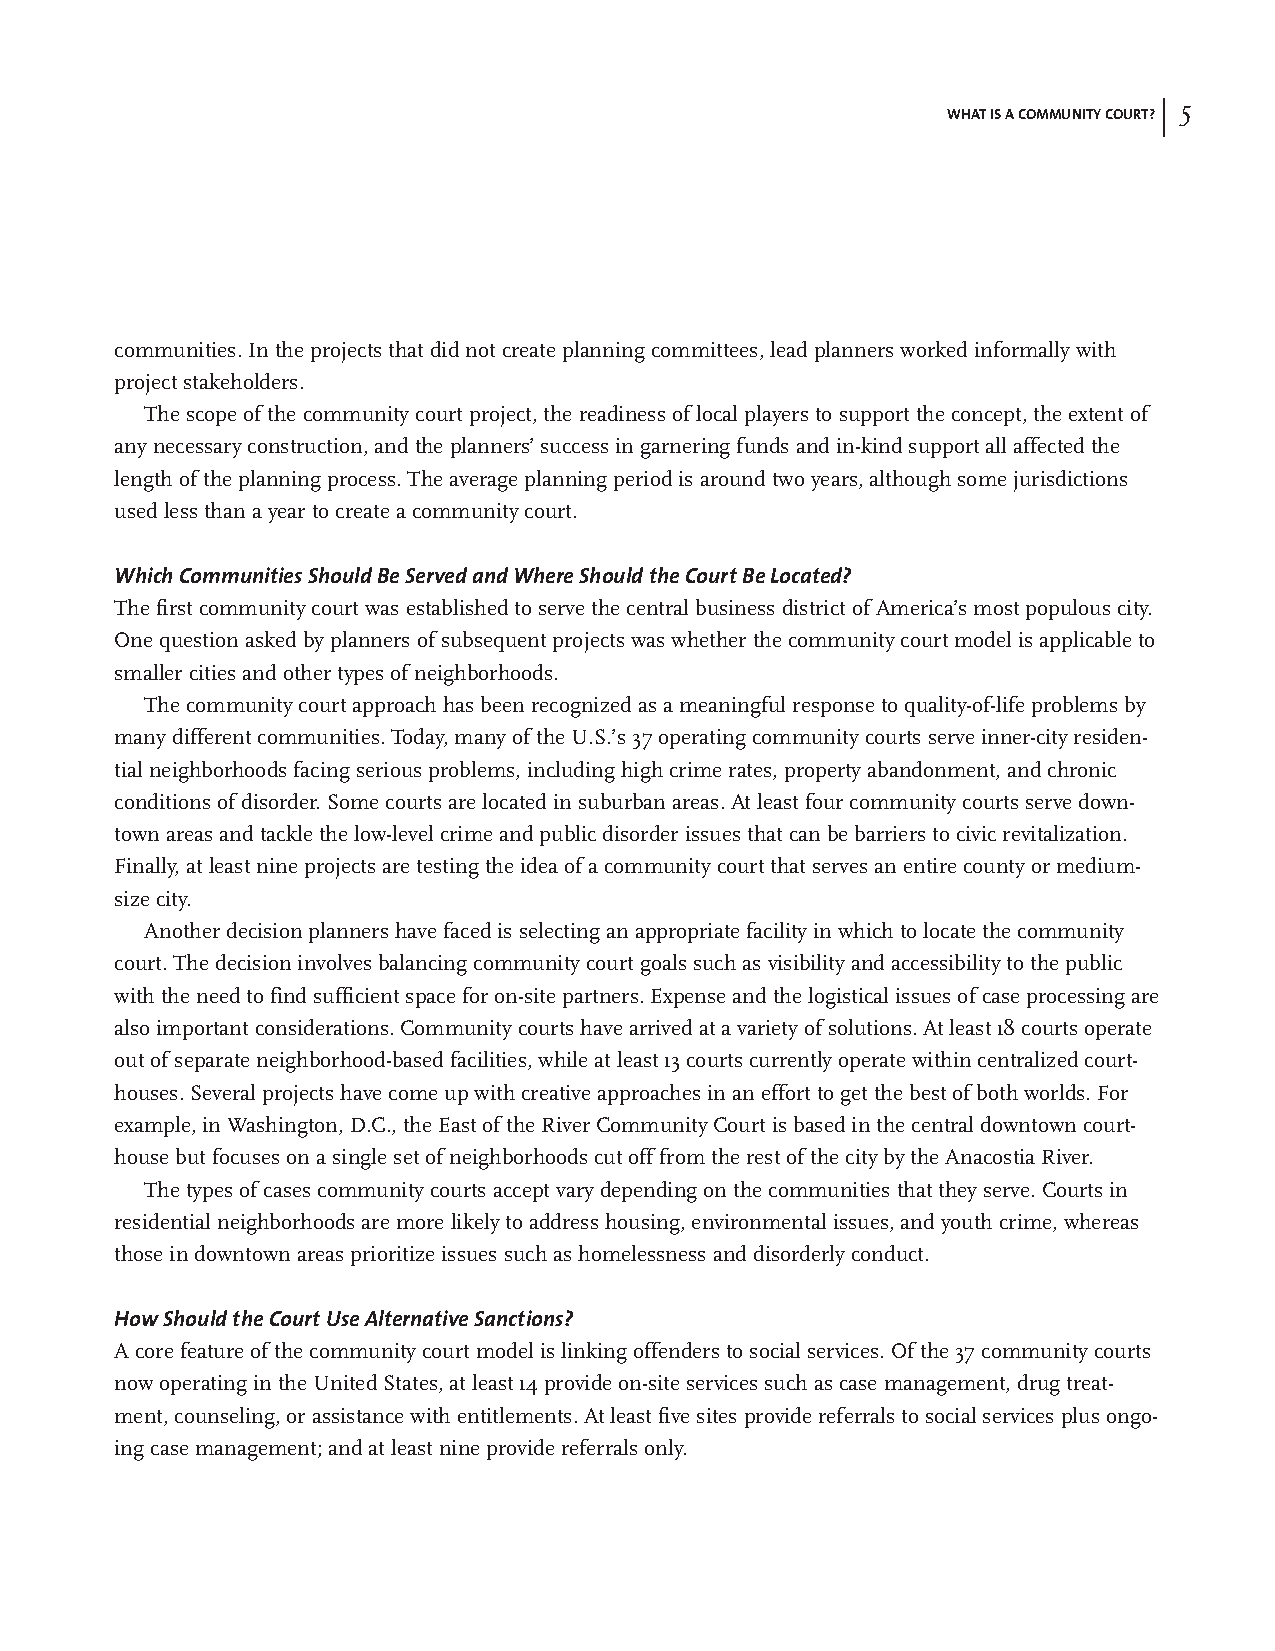
| 5
 WHAT IS A COMMUNITY COURT?
 communities. In the projects that did not create planning committees, lead planners worked informally with
 project stakeholders.
 The scope of the community court project, the readiness of local players to support the concept, the extent of
 any necessary construction, and the planners’ success in garnering funds and in-kind support all affected the
 length of the planning process. The average planning period is around two years, although some jurisdictions
 used less than a year to create a community court.
 Which Communities Should Be Served and Where Should the Court Be Located?
 The first community court was established to serve the central business district of America’s most populous city.
 One question asked by planners of subsequent projects was whether the community court model is applicable to
 smaller cities and other types of neighborhoods.
 The community court approach has been recognized as a meaningful response to quality-of-life problems by
 many different communities. Today, many of the U.S.’s 37 operating community courts serve inner-city residen-
 tial neighborhoods facing serious problems, including high crime rates, property abandonment, and chronic
 conditions of disorder. Some courts are located in suburban areas. At least four community courts serve down-
 town areas and tackle the low-level crime and public disorder issues that can be barriers to civic revitalization.
 Finally, at least nine projects are testing the idea of a community court that serves an entire county or medium-
 size city.
 Another decision planners have faced is selecting an appropriate facility in which to locate the community
 court. The decision involves balancing community court goals such as visibility and accessibility to the public
 with the need to find sufficient space for on-site partners. Expense and the logistical issues of case processing are
 also important considerations. Community courts have arrived at a variety of solutions. At least 18 courts operate
 out of separate neighborhood-based facilities, while at least 13 courts currently operate within centralized court-
 houses. Several projects have come up with creative approaches in an effort to get the best of both worlds. For
 example, in Washington, D.C., the East of the River Community Court is based in the central downtown court-
 house but focuses on a single set of neighborhoods cut off from the rest of the city by the Anacostia River.
 The types of cases community courts accept vary depending on the communities that they serve. Courts in
 residential neighborhoods are more likely to address housing, environmental issues, and youth crime, whereas
 those in downtown areas prioritize issues such as homelessness and disorderly conduct.
 How Should the Court Use Alternative Sanctions?
 A core feature of the community court model is linking offenders to social services. Of the 37 community courts
 now operating in the United States, at least 14 provide on-site services such as case management, drug treat-
 ment, counseling, or assistance with entitlements. At least five sites provide referrals to social services plus ongo-
 ing case management; and at least nine provide referrals only.